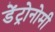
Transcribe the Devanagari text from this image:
डेंट्रोनोमी